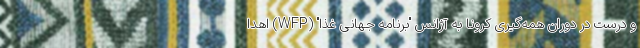
و درست در دوران همه‌گیری کرونا به آژانس "برنامه جهانی غذا" (WFP) اهدا